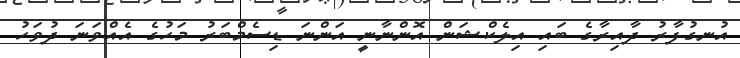
އުނގުފާރު ދާއިރާގެ ބައި އިލެކްޝަން އޮންނާނީ އަންނަ ޑިސެމްބަރު މަހުގެ އެއްވަނަ ދުވަހު